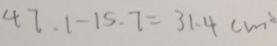
4 7 . 1 - 1 5 . 7 = 3 1 . 4 c m ^ { 2 }